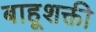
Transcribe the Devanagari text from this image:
बाहूशक्ती